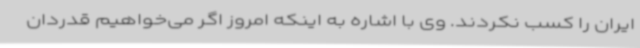
ایران را کسب نکردند. وی با اشاره به اینکه امروز اگر می‌خواهیم قدردان